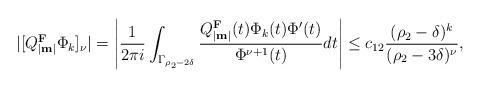
LaTeX: \begin{align*} |[ Q_{|\textup{\textbf{m}}|}^{\textup{\textbf{F}}} \Phi_k]_{\nu}|=\left|\frac{1}{2\pi i}\int_{\Gamma_{\rho_2-2\delta}} \frac{Q_{|\textup{\textbf{m}}|}^{\textup{\textbf{F}}}(t) \Phi_k(t) \Phi'(t)}{\Phi^{\nu+1}(t)} dt \right|\leq c_{12} \frac{(\rho_2-\delta)^k}{(\rho_2-3\delta)^{\nu}}, \end{align*}